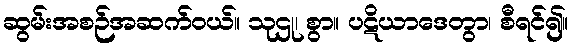
ဆွမ်းအစဉ်အဆက်ဝယ်။ သုဌု၊ စွာ။ ပဋိယာဒေတွာ၊ စီရင်၍။